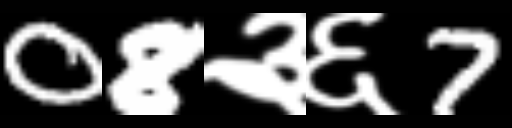
Text: 08३६7